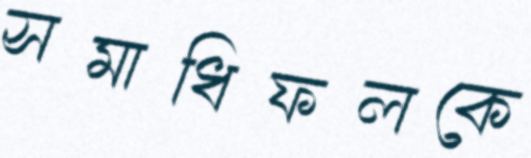
সমাধিফলকে